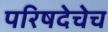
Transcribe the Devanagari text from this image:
परिषदेचेच